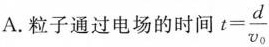
A.粒子通过电场的时间 $$t= \frac{d}{\nu _{0}}$$